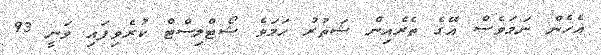
އެހެން ނަމަވެސް އޭގެ ތެރެއިން ޝަތުރު ހަމަވެ ޝޯޓްލިސްޓް ކުރެވިފައި ވަނީ 93